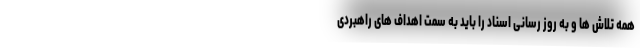
همه تلاش ها و به روز رسانی اسناد را باید به سمت اهداف های راهبردی